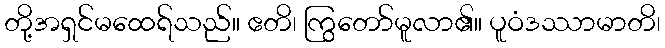
တို့အရှင်မထေရ်သည်။ ဧတိ၊ ကြွတော်မူလာ၏။ ပူဝံဒဿာမာတိ၊